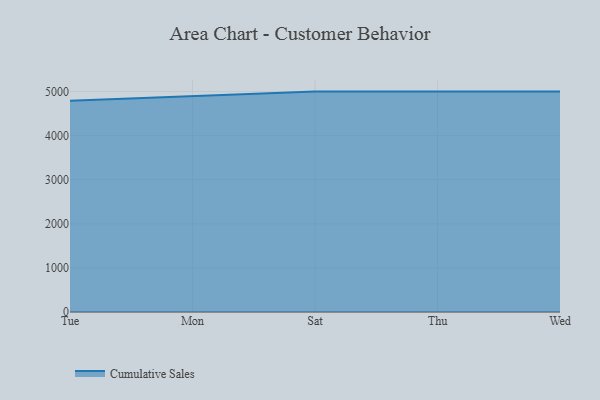
{"axis": {"x": "Day", "y": "Latency (ms)"}, "legend": ["Cumulative Sales"], "data": [{"x": "Tue", "y": 4789.7, "type": "Cumulative Sales"}, {"x": "Mon", "y": 4896.1, "type": "Cumulative Sales"}, {"x": "Sat", "y": 5000, "type": "Cumulative Sales"}, {"x": "Thu", "y": 5000, "type": "Cumulative Sales"}, {"x": "Wed", "y": 5000, "type": "Cumulative Sales"}]}